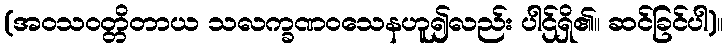
(အဝသဝတ္တိတာယ သလက္ခဏဝသေနဟူ၍လည်း ပါဌ်ရှိ၏။ ဆင်ခြင်ပါ)။